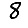
Digit: 8